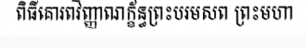
ពិធីគោរពវិញ្ញាណក្ខ័ន្ធព្រះបរមសព ព្រះមហា